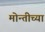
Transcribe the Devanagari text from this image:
मोन्तीच्या